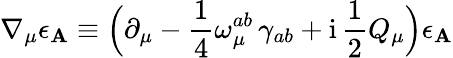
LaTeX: \nabla_{\mu}\epsilon_{\mathbf{A}}\equiv\Bigl(\partial_{\mu}-\frac{{1}}{{4}}\omega_{\mu}^{ab}\, \gamma_{ab}+\mathrm{{i}}\, \frac{{1}}{{2}}Q_{\mu}\Bigr)\epsilon_{\mathbf{A}}